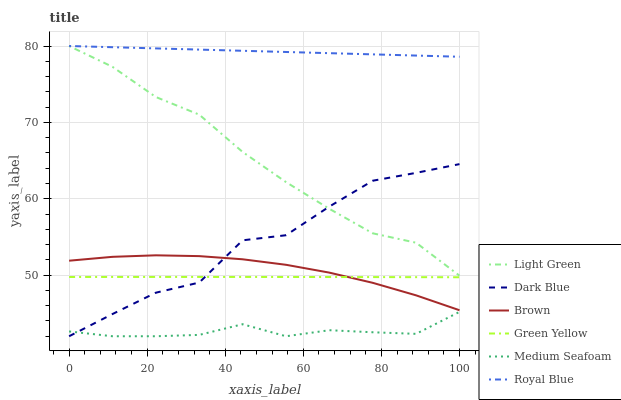
| xaxis_label | Light Green | Dark Blue | Brown | Green Yellow | Medium Seafoam | Royal Blue |
 | --- | --- | --- | --- | --- | --- | --- |
 | 0 | 80 | 42 | 51.9 | 49.8 | 42.6 | 80 |
 | 11.1 | 77.3 | 44.9 | 52.4 | 49.8 | 42 | 79.8 |
 | 22.2 | 73.3 | 47.7 | 52.6 | 49.8 | 42 | 79.7 |
 | 33.3 | 71 | 49 | 52.5 | 49.8 | 42.2 | 79.5 |
 | 44.4 | 66.1 | 54.6 | 52.1 | 49.8 | 43.6 | 79.4 |
 | 55.6 | 62.2 | 55.2 | 51.4 | 49.8 | 42 | 79.2 |
 | 66.7 | 58.7 | 59 | 50.3 | 49.8 | 42.8 | 79.1 |
 | 77.8 | 55.5 | 62.4 | 49 | 49.7 | 42.5 | 78.9 |
 | 88.9 | 54.2 | 63.4 | 47.4 | 49.7 | 42.3 | 78.8 |
 | 100 | 49.9 | 64.5 | 45.4 | 49.7 | 45.2 | 78.6 |